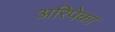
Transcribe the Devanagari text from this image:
अरिपेका